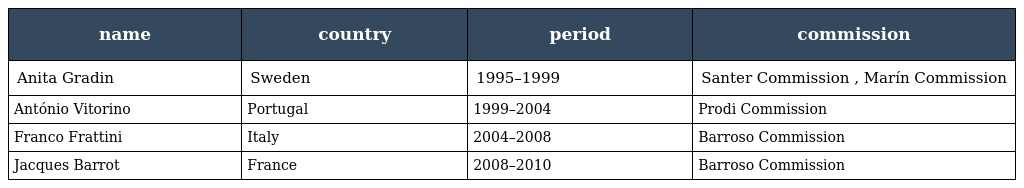
| name | country | period | commission |
 | --- | --- | --- | --- |
 | Anita Gradin | Sweden | 1995–1999 | Santer Commission , Marín Commission |
 | António Vitorino | Portugal | 1999–2004 | Prodi Commission |
 | Franco Frattini | Italy | 2004–2008 | Barroso Commission |
 | Jacques Barrot | France | 2008–2010 | Barroso Commission |